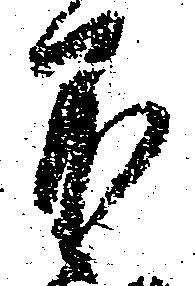
不